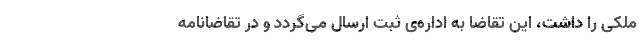
ملکی را داشت، این تقاضا به اداره‌ی ثبت ارسال می‌گردد و در تقاضانامه